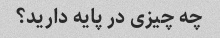
چه چیزی در پایه دارید؟